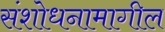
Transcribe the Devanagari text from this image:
संशोधनामागील